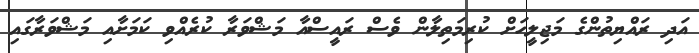
އަދި ރައްޔިތުންގެ މަޖިލީހަށް ކުރިމަތިލާން ވެސް ރައީސްއާ މަޝްވަރާ ކުރެއްވި ކަމަށާއި މަޝްވަރާގައި